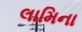
લામિના